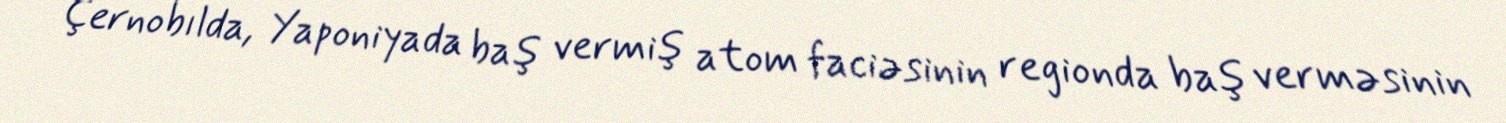
Çernobılda, Yaponiyada baş vermiş atom faciəsinin regionda baş verməsinin